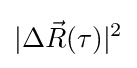
|\Delta {\vec {R}}(\tau )|^{2}